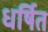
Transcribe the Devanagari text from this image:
धर्षित